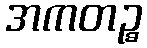
အကတဉ္စ